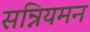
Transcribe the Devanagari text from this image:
सन्नियमन